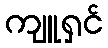
ကျူရှင်